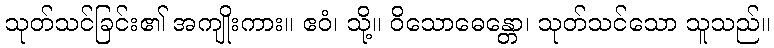
သုတ်သင်ခြင်း၏ အကျိုးကား။ ဧဝံ၊ သို့။ ဝိသောဓေန္တော၊ သုတ်သင်သော သူသည်။